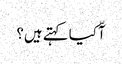
آّ کیا کہتے ہیں؟